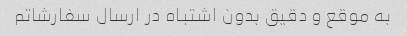
به موقع و دقیق بدون اشتباه در ارسال سفارشاتم